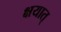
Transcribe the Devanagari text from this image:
क्षयात्